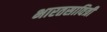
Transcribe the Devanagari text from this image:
भारतसावित्री